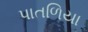
પાતળિયા